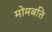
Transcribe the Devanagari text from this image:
मोमबत्ति